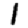
Digit: 1